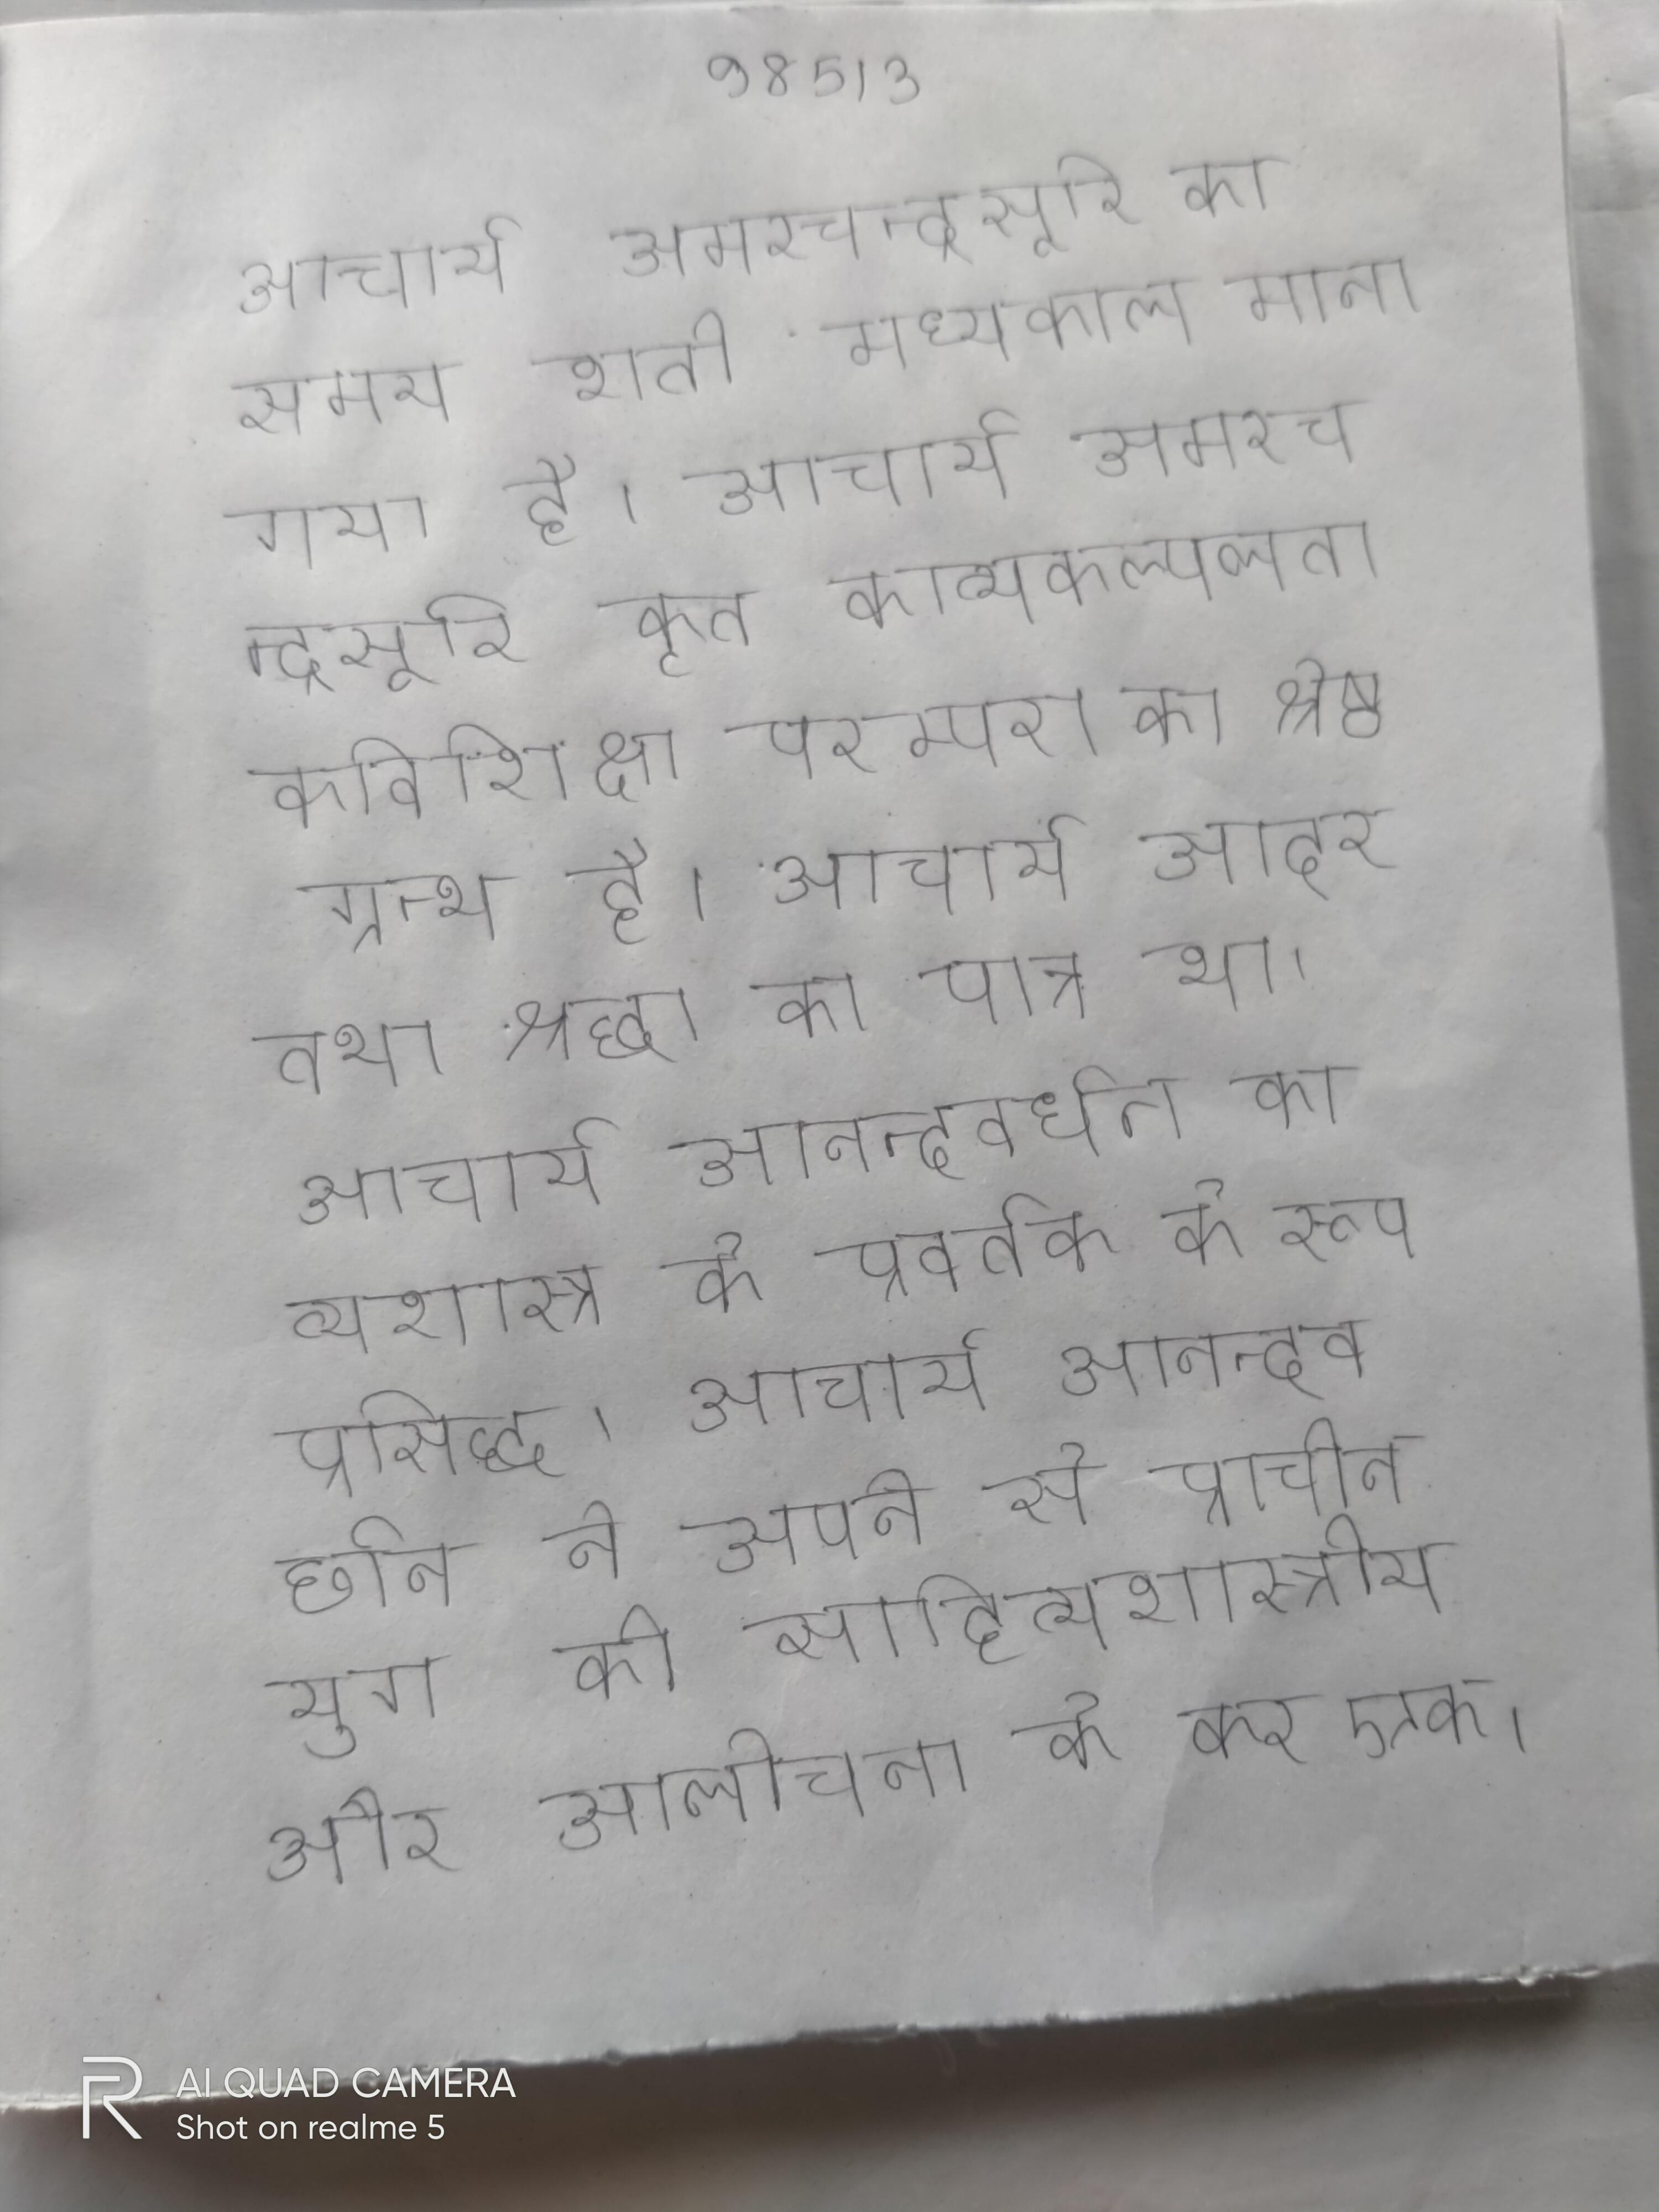
आचार्य अमरचन्द्रसूरि का समय शती मध्यकाल माना गया है । आचार्य अमरचन्द्रसूरि कृत काव्यकल्पलता कविशिक्षा परम्परा का श्रेष्ठ ग्रन्थ है । आचार्य आदर तथा श्रद्धा का पात्र था । आचार्य आनन्दवर्धन काव्यशास्त्र के प्रवर्तक के रूप प्रसिद्ध । आचार्य आनन्दवर्धन ने अपने से प्राचीन युग की साहित्यशास्त्रीय और आलोचना के सिद्धान्त के मार्ग को कर एक नया मार्ग प्रशस्त किया था ।